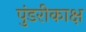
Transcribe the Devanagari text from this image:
पुंडरीकाक्ष